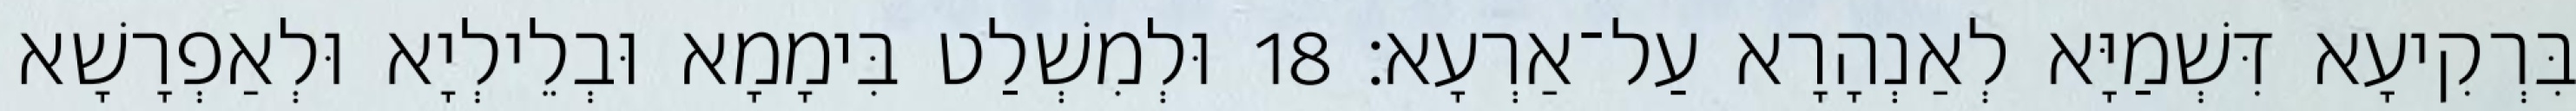
בִּרְקִיעָא דִּשְׁמַיָּא לְאַנְהָרָא עַל־אַרְעָא׃ 18 וּלְמִשְׁלַט בִּימָמָא וּבְלֵילְיָא וּלְאַפְרָשָׁא